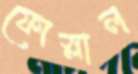
ফোস্‌লাল